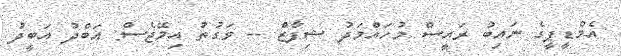
އެމްޑީޕީގެ ނައިބު ރައީސް މުހައްމަދު ޝިފާޒް -- ވަގުތު އިމޭޖެސް: އަބްދު އަބީދު